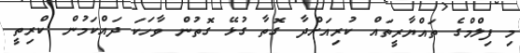
މި ފިލްމްގެ ތައްޔާރީތައް ކުރިއަށްދާ ގޮތާ ގުޅޭ ގޮތުން ވާހަކަ ދައްކަމުން ކްރިތީ